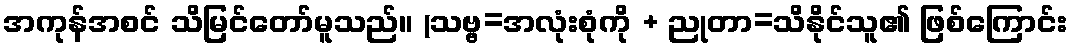
အကုန်အစင် သိမြင်တော်မူသည်။ (သဗ္ဗ=အလုံးစုံကို + ညုတာ=သိနိုင်သူ၏ ဖြစ်ကြောင်း